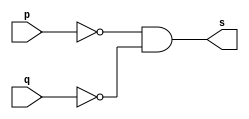
//...............
//Exemplo0010 - NOR Morgan
//Nome: Mateus Lima Batista
//...............

//...............
//..gate
//...............
module normorgangate(output s, input p, input q);
assign s = ((~p)&(~q));
endmodule

//...............
//.. test
//...............
module testnormorgangate;
//...............dados locais
reg a,b;//definir registrador
      //(variavel indepedente)
wire s;//definir conexao(fio)
       //(variavel depemdente)
//................instancia
normorgangate normorgan1(s,a,b);
//................preparacao
initial begin:start
//atribuicao simultanea
a=0; b=0;//valores iniciais
end
//..............parte principal
initial begin:main
$display("Exemplo0009 - Mateus Lima Batista - 451410");
$display("Test NOR Morgan gate");
$display("\n(~a)&(~b) = s\n");
a = 0;b = 0;
$monitor("(~%b) & (~%b) = %b", a, b, s);
#1 a = 0; b = 1;
#1 a =1; b = 0;
#1 a = 1; b = 1;
end
endmodule